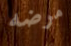
مرضه